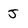
Character: J